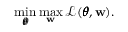
\operatorname* { m i n } _ { \pmb { \theta } } \operatorname* { m a x } _ { \mathbf { w } } \mathcal { L } ( \pmb { \theta } , \mathbf { w } ) .